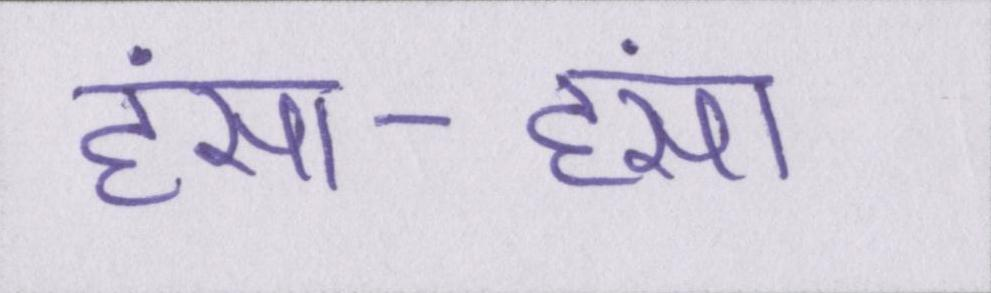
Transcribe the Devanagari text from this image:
हंसा-हंसा